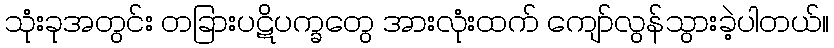
သုံးခုအတွင်း တခြားပဋိပက္ခတွေ အားလုံးထက် ကျော်လွန်သွားခဲ့ပါတယ်။